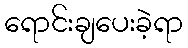
ရောင်းချပေးခဲ့ရာ